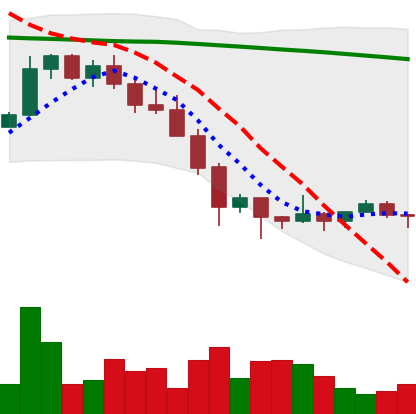
Ticker: XMR-USD
Chart end date: 2022-01-31
Forward return: 14.458%
Label: up_7plus